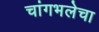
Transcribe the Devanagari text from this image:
चांगभलेचा